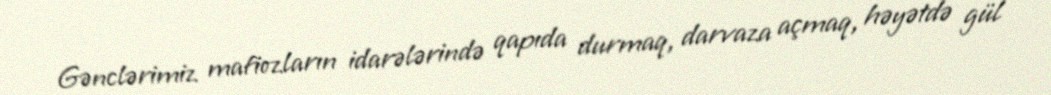
Gənclərimiz mafiozların idarələrində qapıda durmaq, darvaza açmaq, həyətdə gül